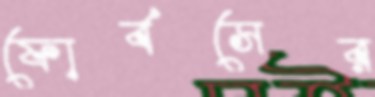
ফোর্বসের